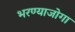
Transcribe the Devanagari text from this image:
भरण्याजोगा